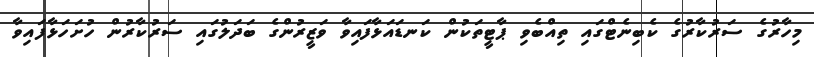
މިހާރުގެ ސަރުކާރުގެ ކެބިނެޓްގައި ތިއްބެވި ޕާޓީތަކުން ކަނޑައަޅާފައިވާ ވަޒީރުންގެ ބަދަލުގައި ސަރުކާރުން ހުށަހަޅާފައިވާ